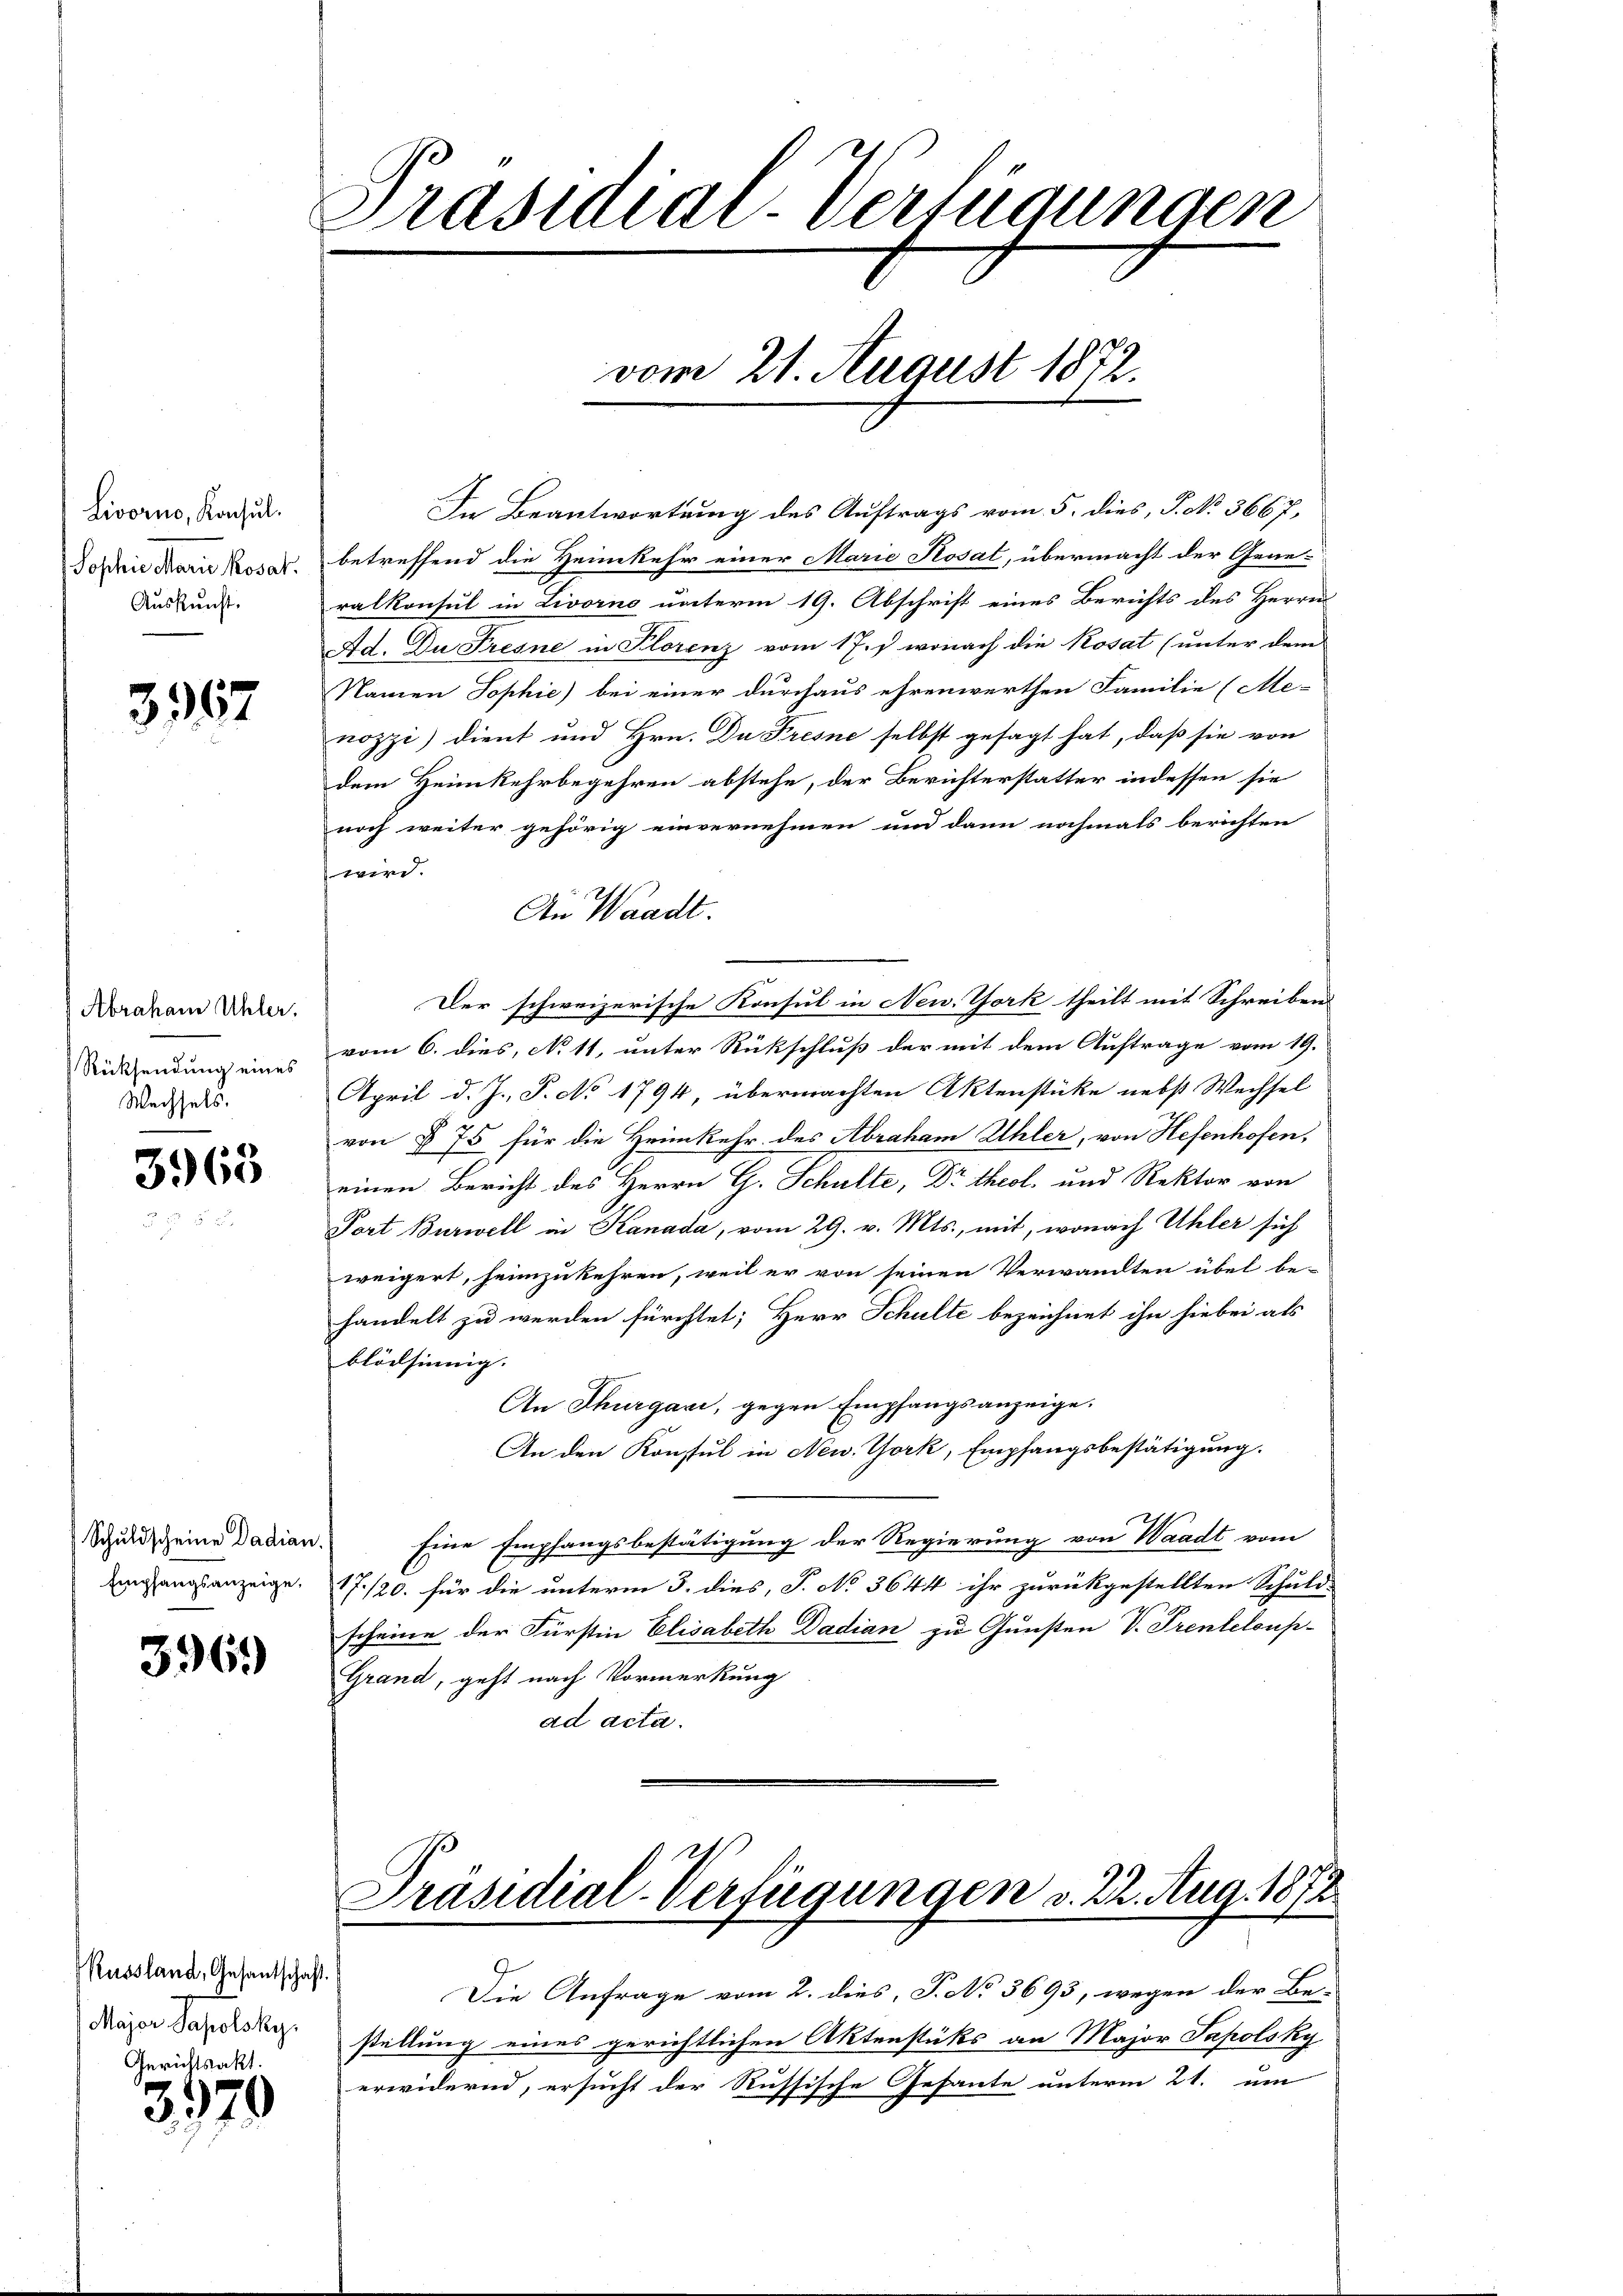
Livorno, Konsul
Sophie Marie Kosat.
Auskunft.

3367

Abraham Uhler.
Rücksendung eines
Wechsels.

3963

Schuldscheine Dadian
Empfangsanzeige,

396.

Russland, Gesantschaft.
Major Sapolsky.
Gerichtsakt

3970

Prasialdi-Verfügungen
vom 21. August 1872.

In Beantwortung des Auftrags vom 5. dies, P. No 3667,
betreffend die Heimkehr einer Marie Rosat, übermacht der Gene-
ralkonsul in Livorno unterm 19. Abschrift eines Berichts des Herren
Ad. Du Fresne in Florenz vom 17. wonach die Kosat (unter dem
Namen Sophie) bei einer durchaus ehrenwerthen Familie (Me-
nozzi) dient und Hrn. Da Fresne selbst gesagt hat, daß sie von
dem Heimkehrbegehren abstehe, der Berichterstatter indessen sie
noch weiter gehörig einvernehmen und dann nochmals berichten
wird.
An Waadt.
Der schweizerische Konsul in New York theilt mit Schreiben
vom 6. dies, No 11, unter Rückschluß der mit dem Auftrage vom 19.
April d. J. P. No 1794 übermachten Aktenstücke nebst Wechsel
von § 75 für die Heimkehr des Abraham Uhler, von Hefenhofen,
einen Bericht des Herrn H. Schulte, Dr. theol. und Rektor von
Port Burwell in Kanada, vom 29. v. Mts., mit, wonach Uhler sich
weigert, heimzukehren, weil er von seinen Verwandten übel be-
handelt zu werden fürchtet; Herr Schulte bezeichnet ihn hiebei als
blödsinnig.
An Thurgau, gegen Empfangsanzeige.
An den Konsul in New York, Empfangsbestätigung.
Eine Empfangsbestätigung der Regierung von Waadt vom
17./20. für die unterm 3. dies, P. No 3644 ihr zurückgestellten Schuld-
scheine der Fürstin Elisabeth Dadian zu Gunsten V. Prenteloup-
Grand, geht nach Vormerkung
ad acta.

Präsidial-Verfügungen v. 22. Aug. 1872

Die Anfrage vom 2. dies, P. No 3693, wegen der Be-
stellung eines gerichtlichen Aktenstücks an Major Japolsky
erwidernd, ersucht der Russische Gefante unterm 21. um